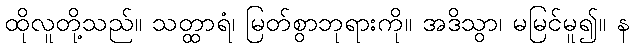
ထိုလူတို့သည်။ သတ္ထာရံ၊ မြတ်စွာဘုရားကို။ အဒိသွာ၊ မမြင်မူ၍။ န